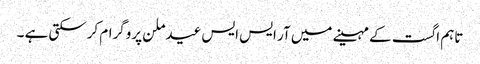
تاہم اگست کے مہینے میں آر ایس ایس عید ملن پروگرام کرسکتی ہے ۔